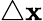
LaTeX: \triangle\mathbf{x}